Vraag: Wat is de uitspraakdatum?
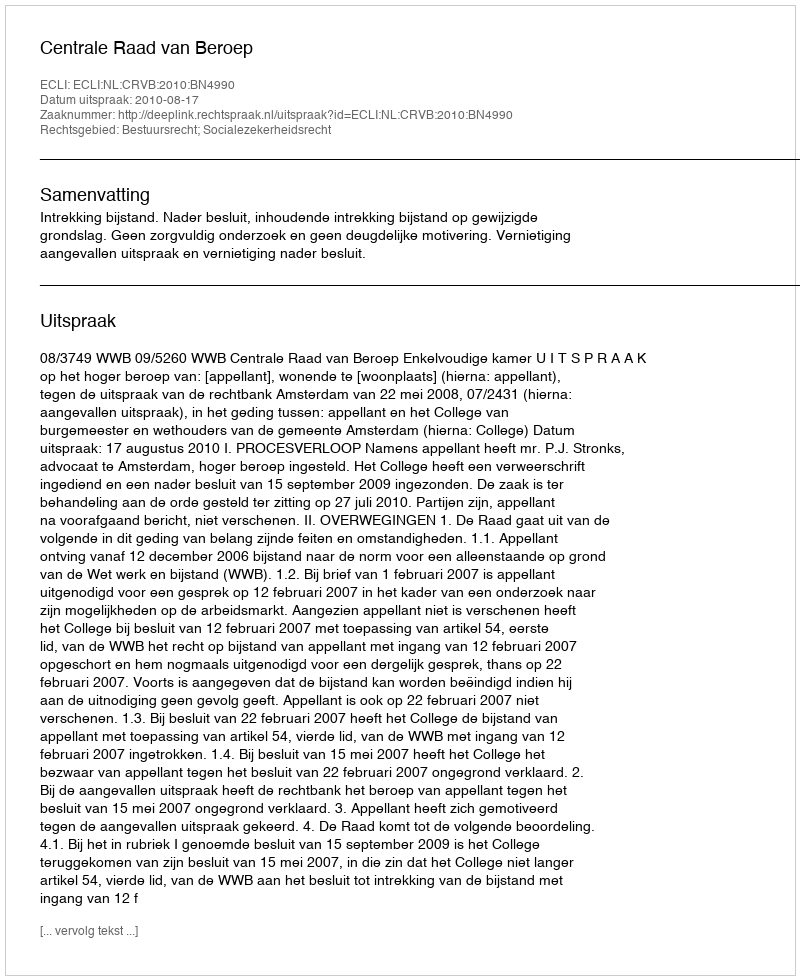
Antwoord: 2010-08-17